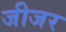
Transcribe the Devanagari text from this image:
जीजर